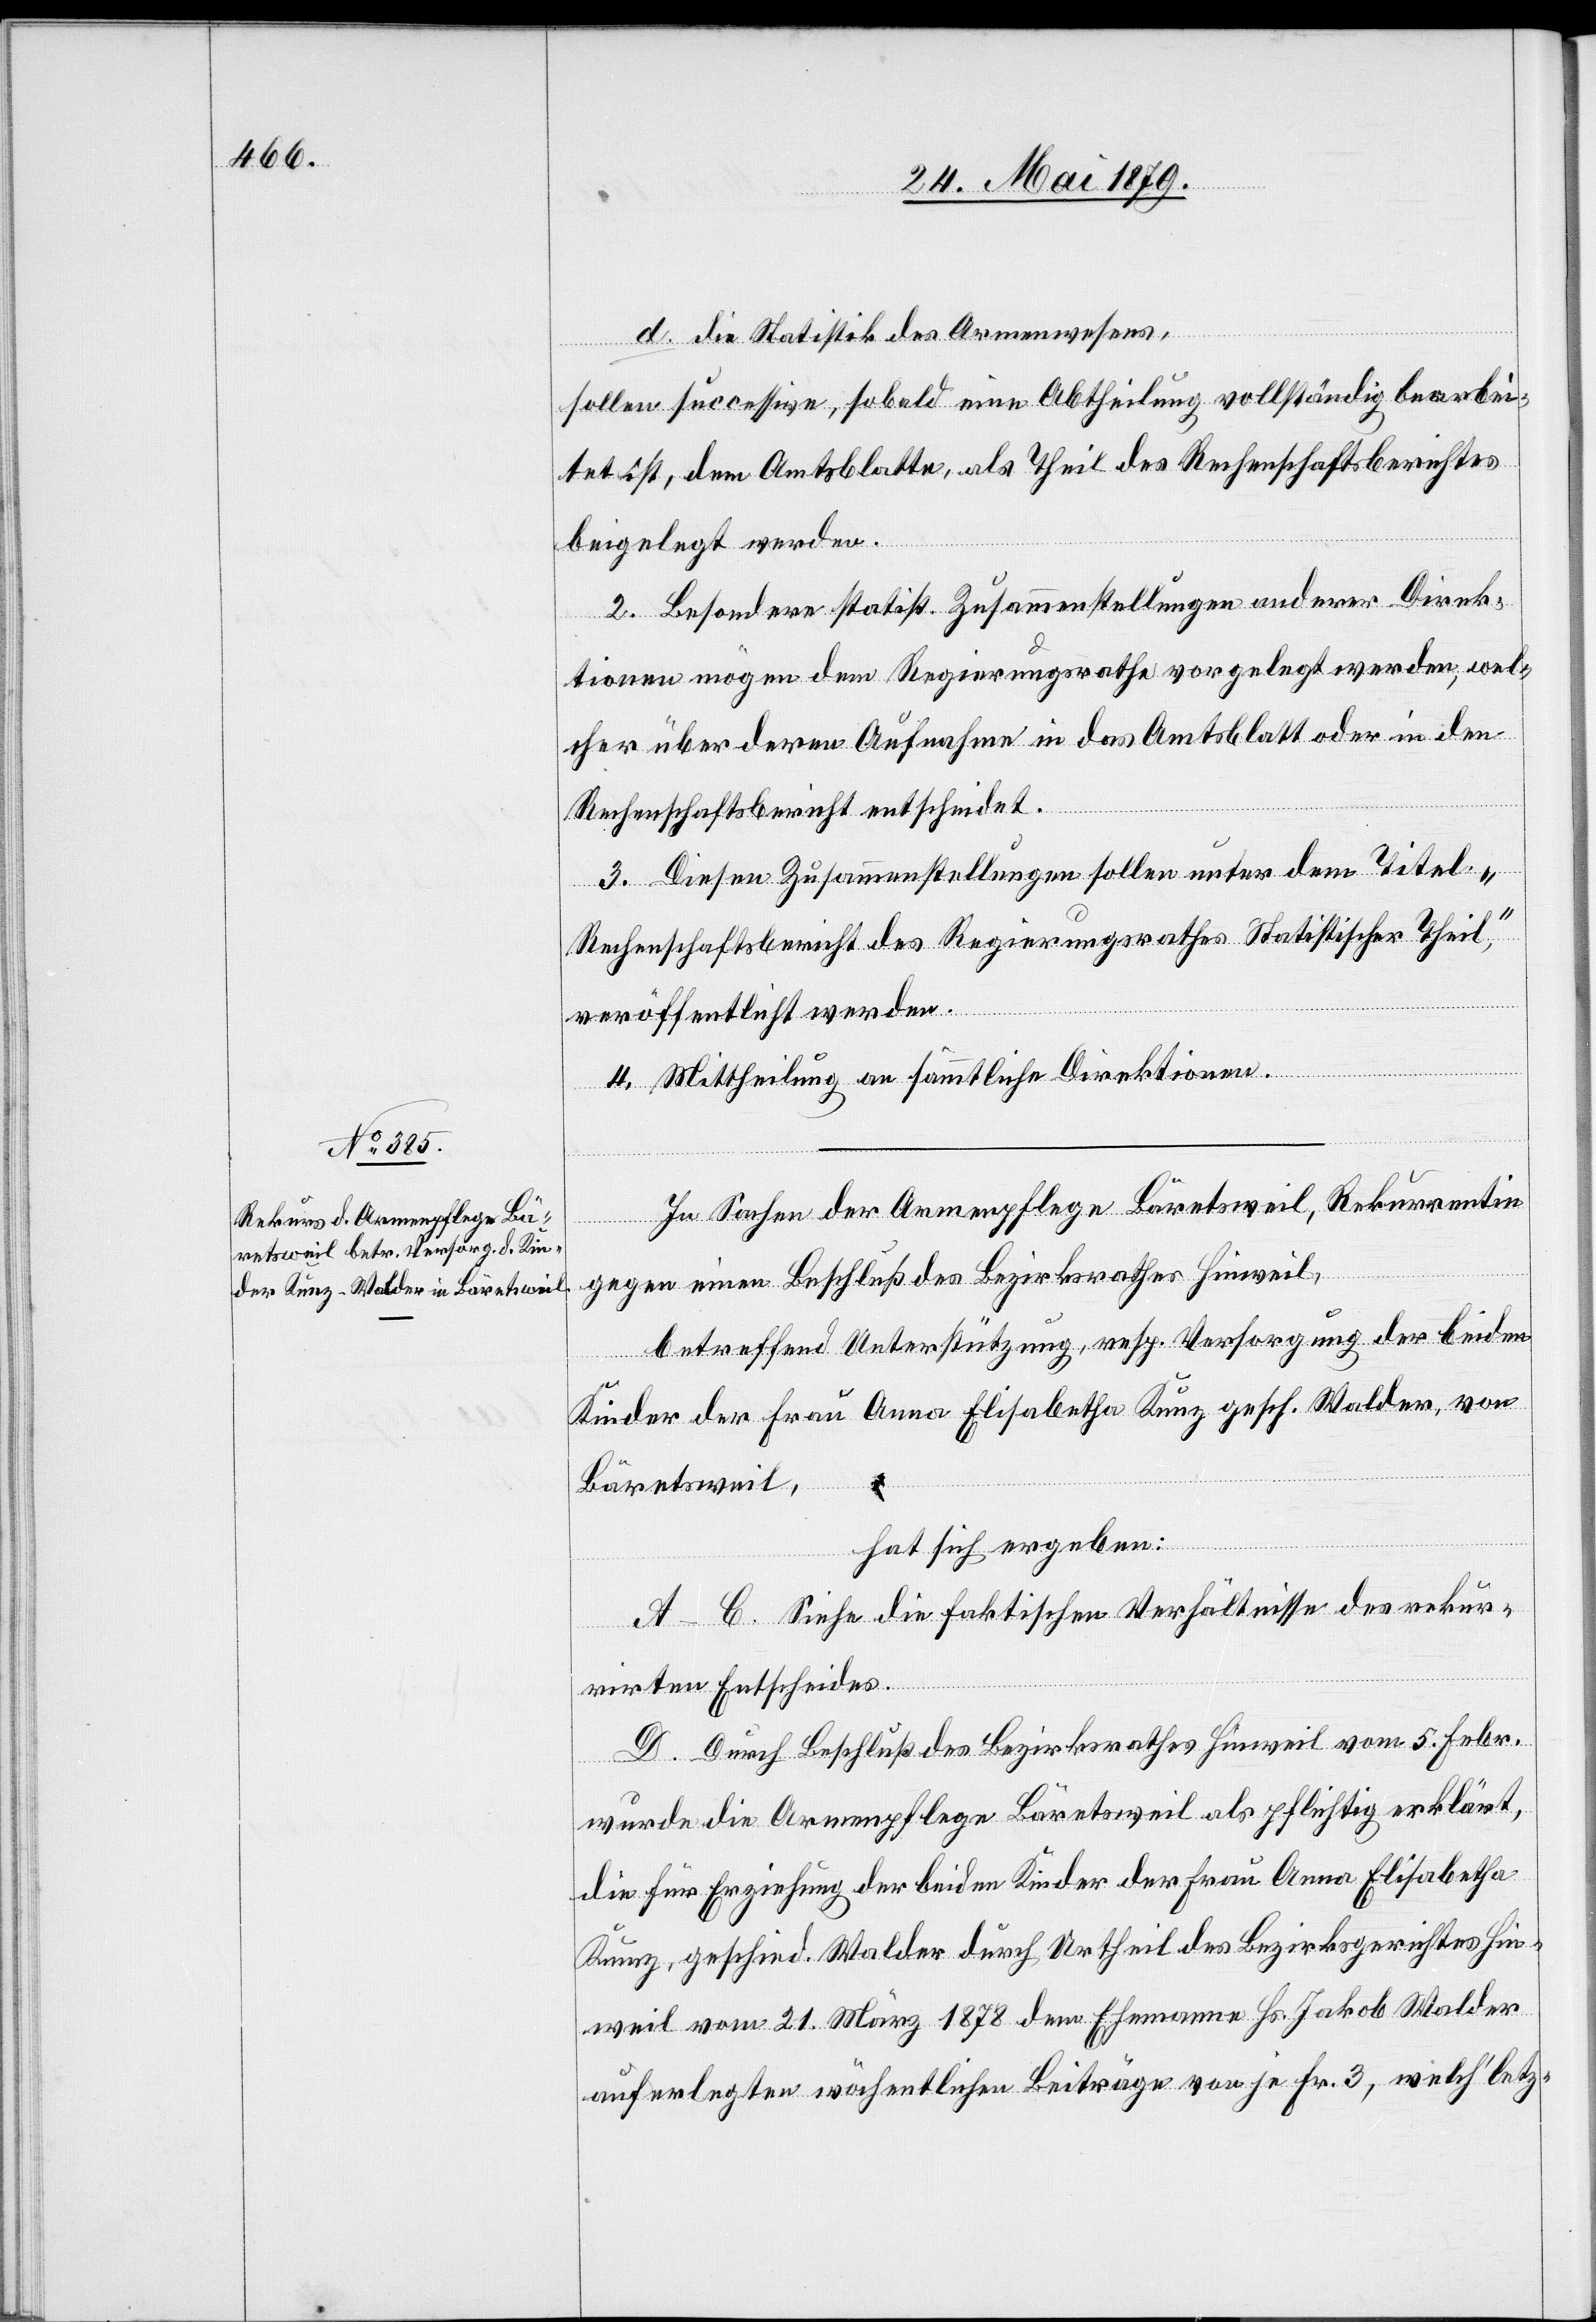
d. die Statistik des Armenwesens,
sollen successive, sobald eine Abtheilung vollständig bearbei¬
tet ist, dem Amtsblatte, als Theil des Rechenschaftsberichtes
beigelegt werden.
2. Besondere statist. Zusammenstellungen anderer Direk¬
tionen mögen dem Regierungsrathe vorgelegt werden, wel¬
cher über deren Aufnahme in das Amtsblatt oder in den
Rechenschaftsbericht entscheidet.
3. Diesen Zusammenstellungen sollen unter dem Titel
„Rechenschaftsbericht des Regierungsrathes Statistischer Theil“,
veröffentlicht werden.
4. Mittheilung an sämmtliche Direktionen.